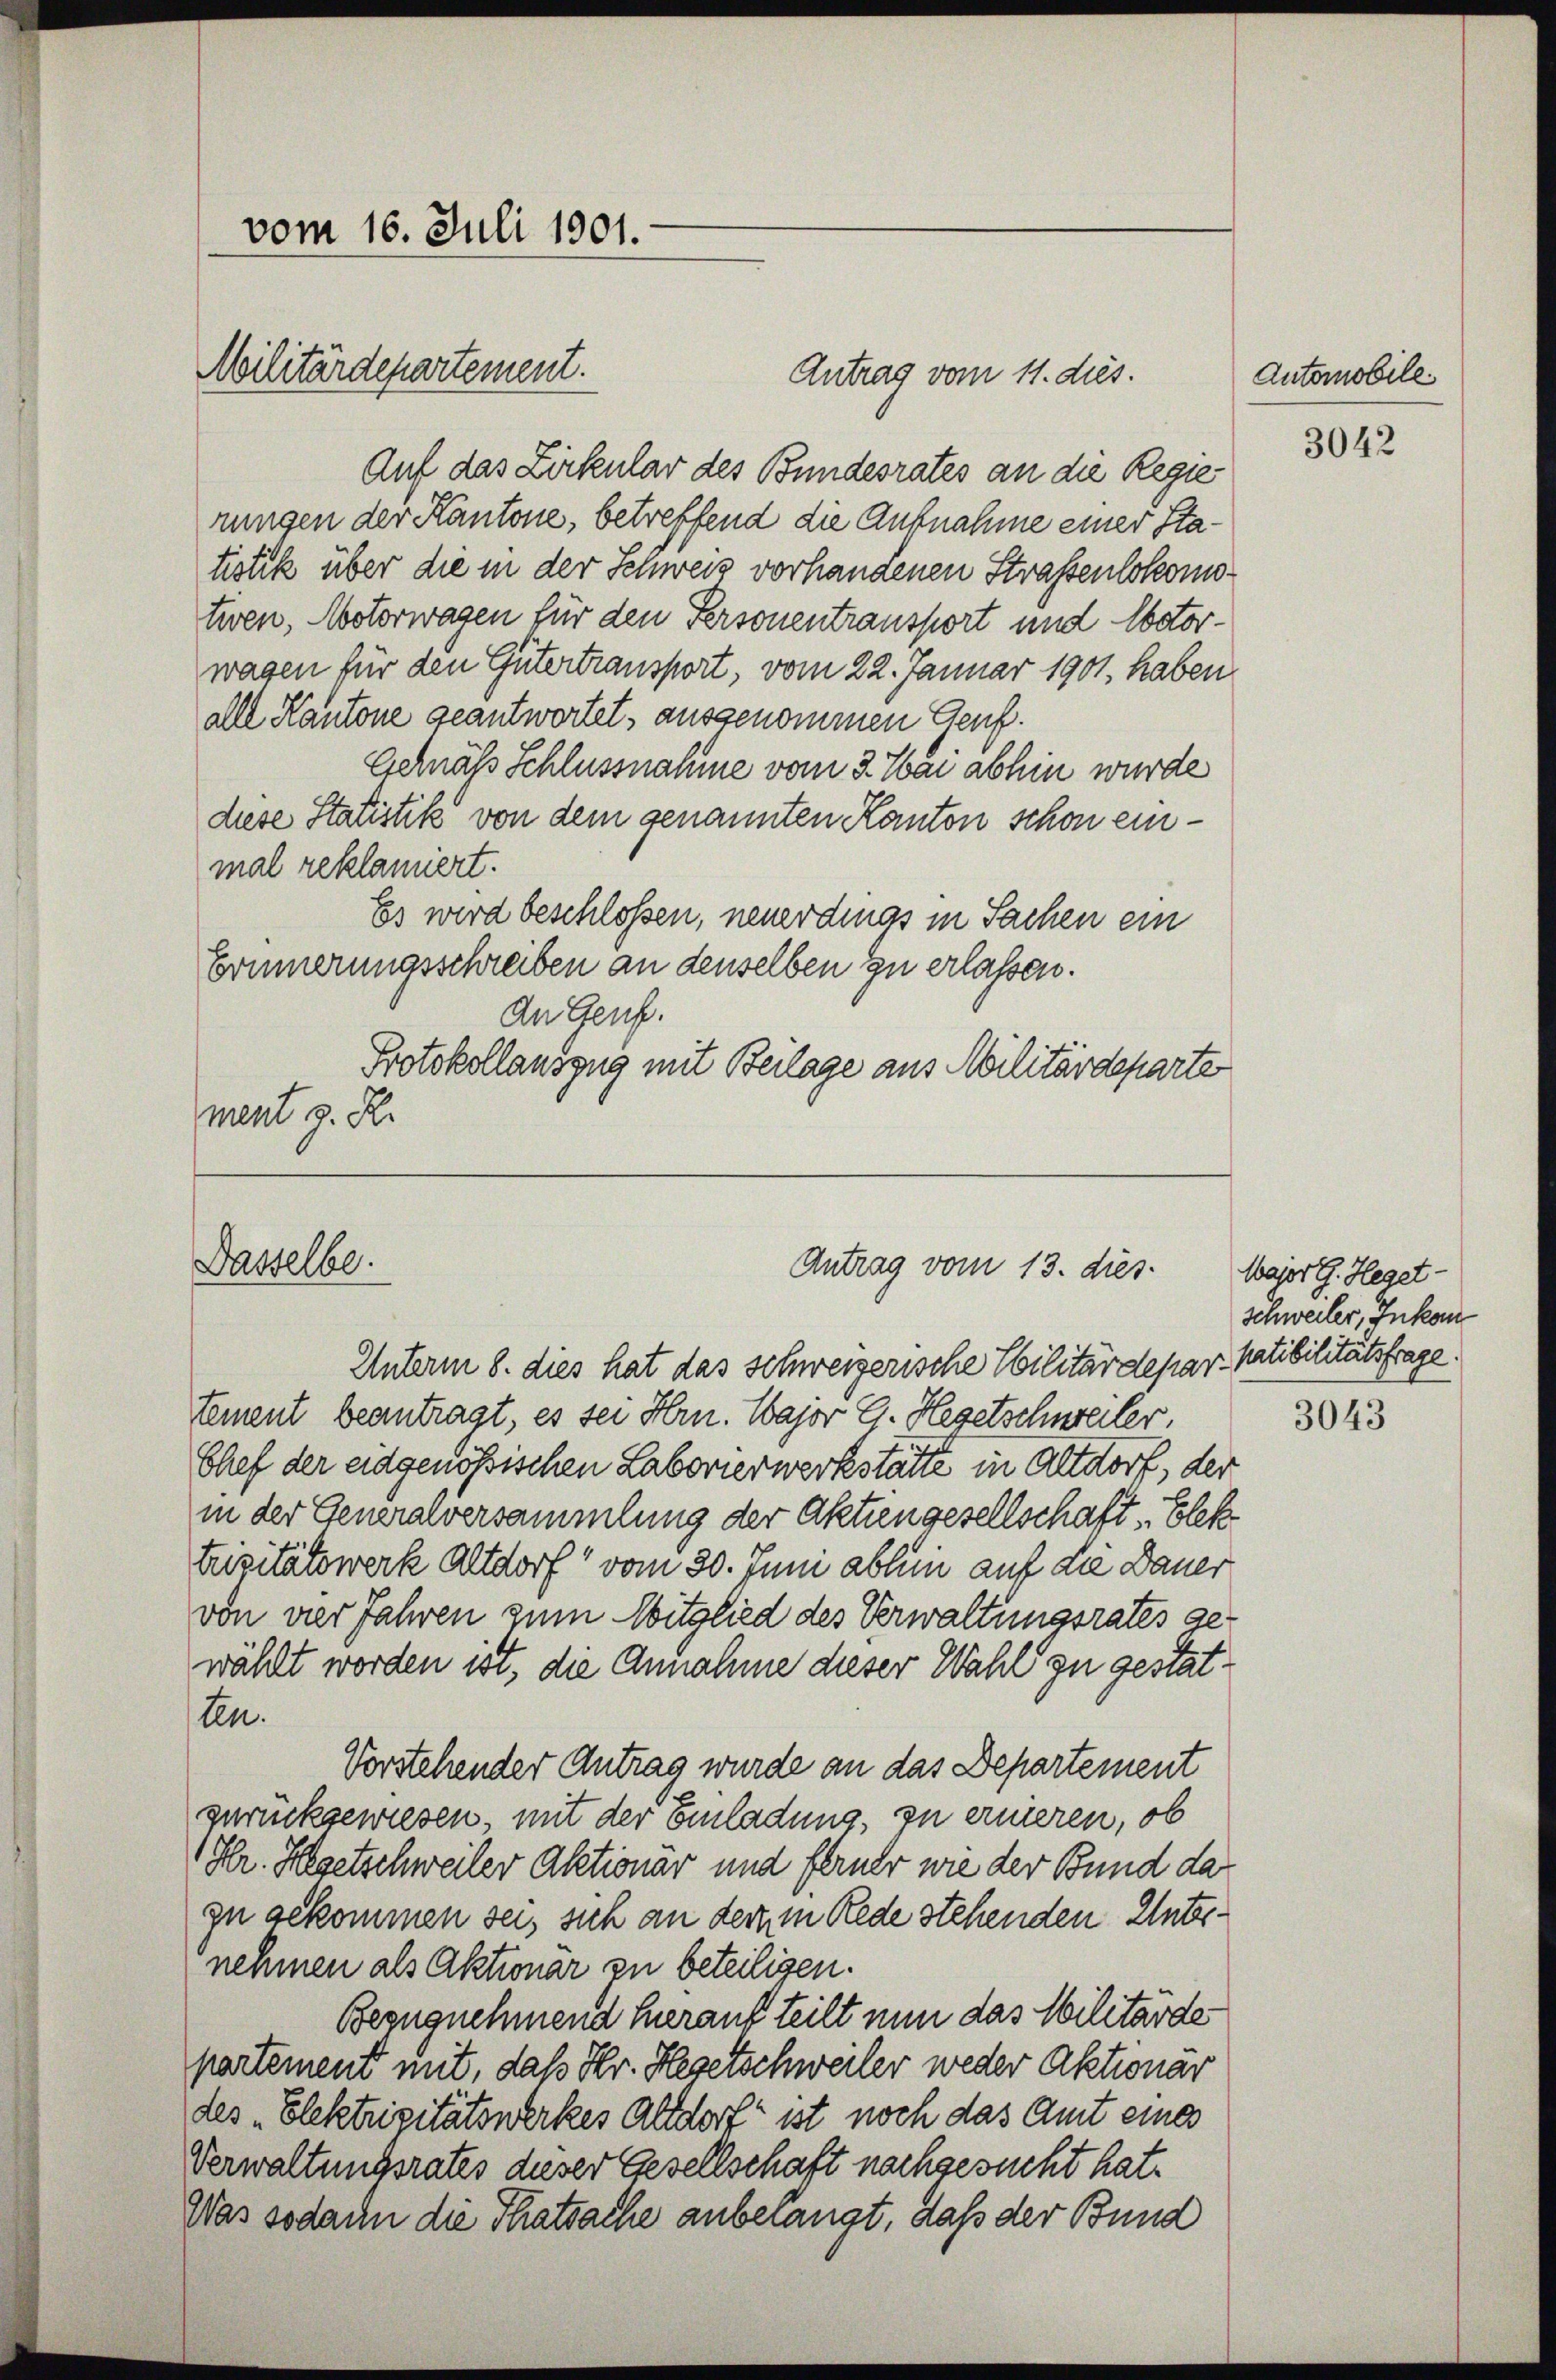
Militärdepartement.

vom 16. Juli 1901.

Dasselbe.

Antrag vom 13. dies

Antrag vom 11. dies.
Auf das Zirkular des Bundesrates an die Regie
rungen der Kantone, betreffend die Aufnahme einer Statistik über die in der Schweiz vorhandenen Straßenlokomotiven, Motorwagen für den Personentransport und Obstorwagen für den Gütertransport, vom 22. Januar 1901. haben
alle Kantone geantwortet, ausgenommen Genf.
Gchnäss Schlussnahme vom 3. Mai abhin wurde
diese Statistik von dem genannten Kanton schon einmal reklamiert.
Es wird beschlossen, neuerdings in Sachen ein
Erinnerungsschreiben an denselben zu erlassen.
An Genf.
Protokollauszug mit Beilage aus Militärdeparte
ment z. R.

Unterm 8. dies hat das schweizerische Ebilitärdepar- Ratibilitätsfrage.
tement beantragt, es sei Hrn. Wajor G. Hegetschweiler,
Chef der eidgenössischen Laborierwerkstätte in Altdorf, der
in der Generalversammlung der Aktiengesellschaft „Elek
trizitätswerk Altdorf vom 30. Juni abhin auf die Dauer
von der Jahren zum Mitglied des Verwaltungsrates gewählt worden ist, die Annahme dieser Wahl zu gestatten.
Vorstehender Antrag wurde an das Departement
zurückgewiesen, mit der Einladung, zu ernieren, ob
Hr. Hegetschweiler Aktionar und ferner wie der Bund da
zu gekommen sei, sich an der in Rede stehenden Unternehmen als Aktionär zu beteiligen.
Bezugnehmend herauf teilt nun das Militärde
partement mit, daß Hr. Hegetschweiler weder Aktionar
des „Elektrizitätswerkes Altdorf ist noch das Amt eines
Verwaltungsrates dieser Gesellschaft nachgesucht hat.
Was sodann die Thatsache anbelangt, daß der Bund

Automobile

3042

Major G. Heget
Schweiler, Inkom

3043